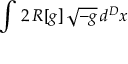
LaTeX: \int \, 2 \, R [ g ] \, \sqrt { - g } \, d ^ { D } x